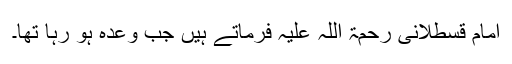
امام قسطلانی رحمۃ اللہ علیہ فرماتے ہیں جب وعدہ ہو رہا تھا۔